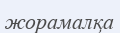
жорамалқа